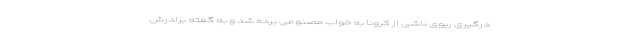
درگیری ریوی ناشی از کرونا به خواب مصنوعی برده شد و به گفته برادرش